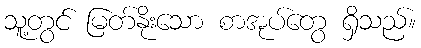
သူ့တွင် မြတ်နိုးသော စာအုပ်တွေ ရှိသည်။